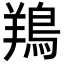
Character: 鴹